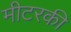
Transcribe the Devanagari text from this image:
मीटरकी